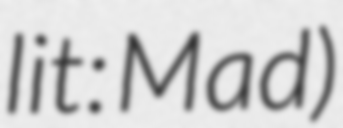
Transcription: lit: Mad)